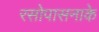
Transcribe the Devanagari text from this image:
रसोपासनाके